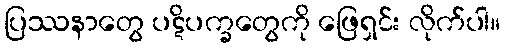
ပြဿနာတွေ ပဋိပက္ခတွေကို ဖြေရှင်း လိုက်ပါ။